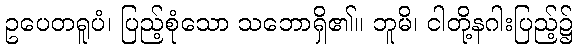
ဥပေတရူပံ၊ ပြည့်စုံသော သဘောရှိ၏။ ဘူမိ၊ ငါတို့နဂါးပြည့်၌